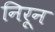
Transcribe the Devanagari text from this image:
निरून